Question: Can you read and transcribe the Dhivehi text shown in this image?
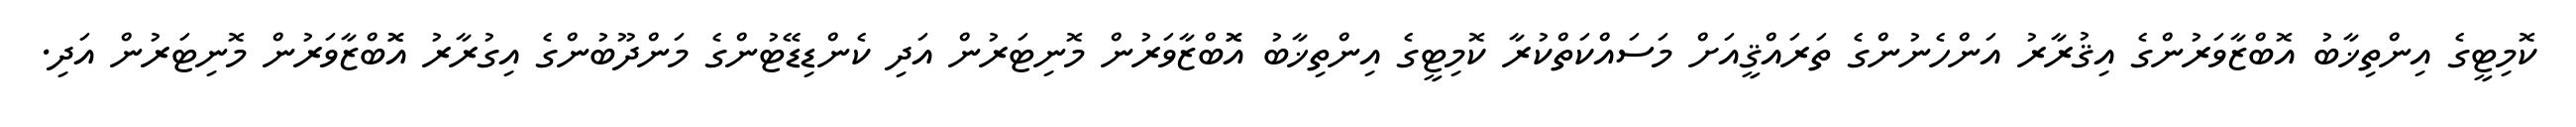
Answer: ކޮމިޓީގެ އިންތިޚާބު އޮބްޒާވަރުންގެ އިޤުރާރު އަންހެނުންގެ ތަރައްޤީއަށް މަސައްކަތްކުރާ ކޮމިޓީގެ އިންތިޚާބު އޮޮބްޒާވަރުން މޮނިޓަރުން އަދި ކެންޑިޑޭޓުންގެ މަންދޫބުންގެ އިގުރާރު އޮޮބްޒާވަރުން މޮނިޓަރުން އަދި.